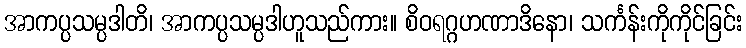
အာကပ္ပသမ္ပဒါတိ၊ အာကပ္ပသမ္ပဒါဟူသည်ကား။ စိဝရဂ္ဂဟဏာဒိနော၊ သင်္ကန်းကိုကိုင်ခြင်း